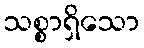
သစ္စာရှိသော